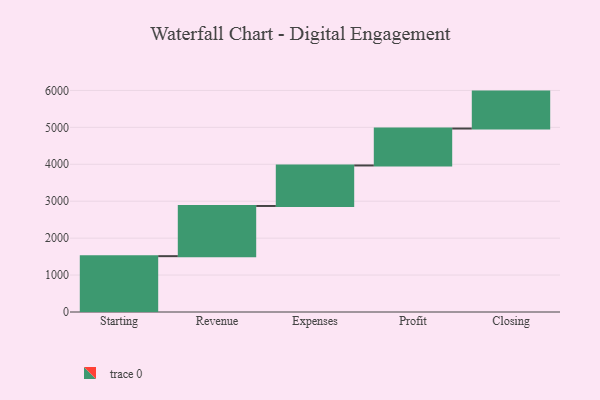
{"axis": {"x": "Step", "y": "Value"}, "legend": [""], "data": [{"x": "Starting", "y": 1512.0, "type": ""}, {"x": "Revenue", "y": 1359.0, "type": ""}, {"x": "Expenses", "y": 1097.0, "type": ""}, {"x": "Profit", "y": 1000, "type": ""}, {"x": "Closing", "y": 1000, "type": ""}]}